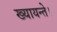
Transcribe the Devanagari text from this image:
ख्यायन्ते।